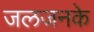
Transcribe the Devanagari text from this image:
जलजनके